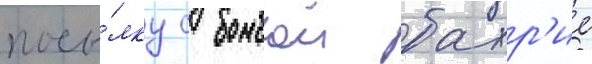
посы́лку с бомбои бахр'ие